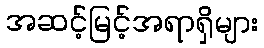
အဆင့်မြင့်အရာရှိများ